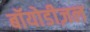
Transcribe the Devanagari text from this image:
बॉयोडीज़ल